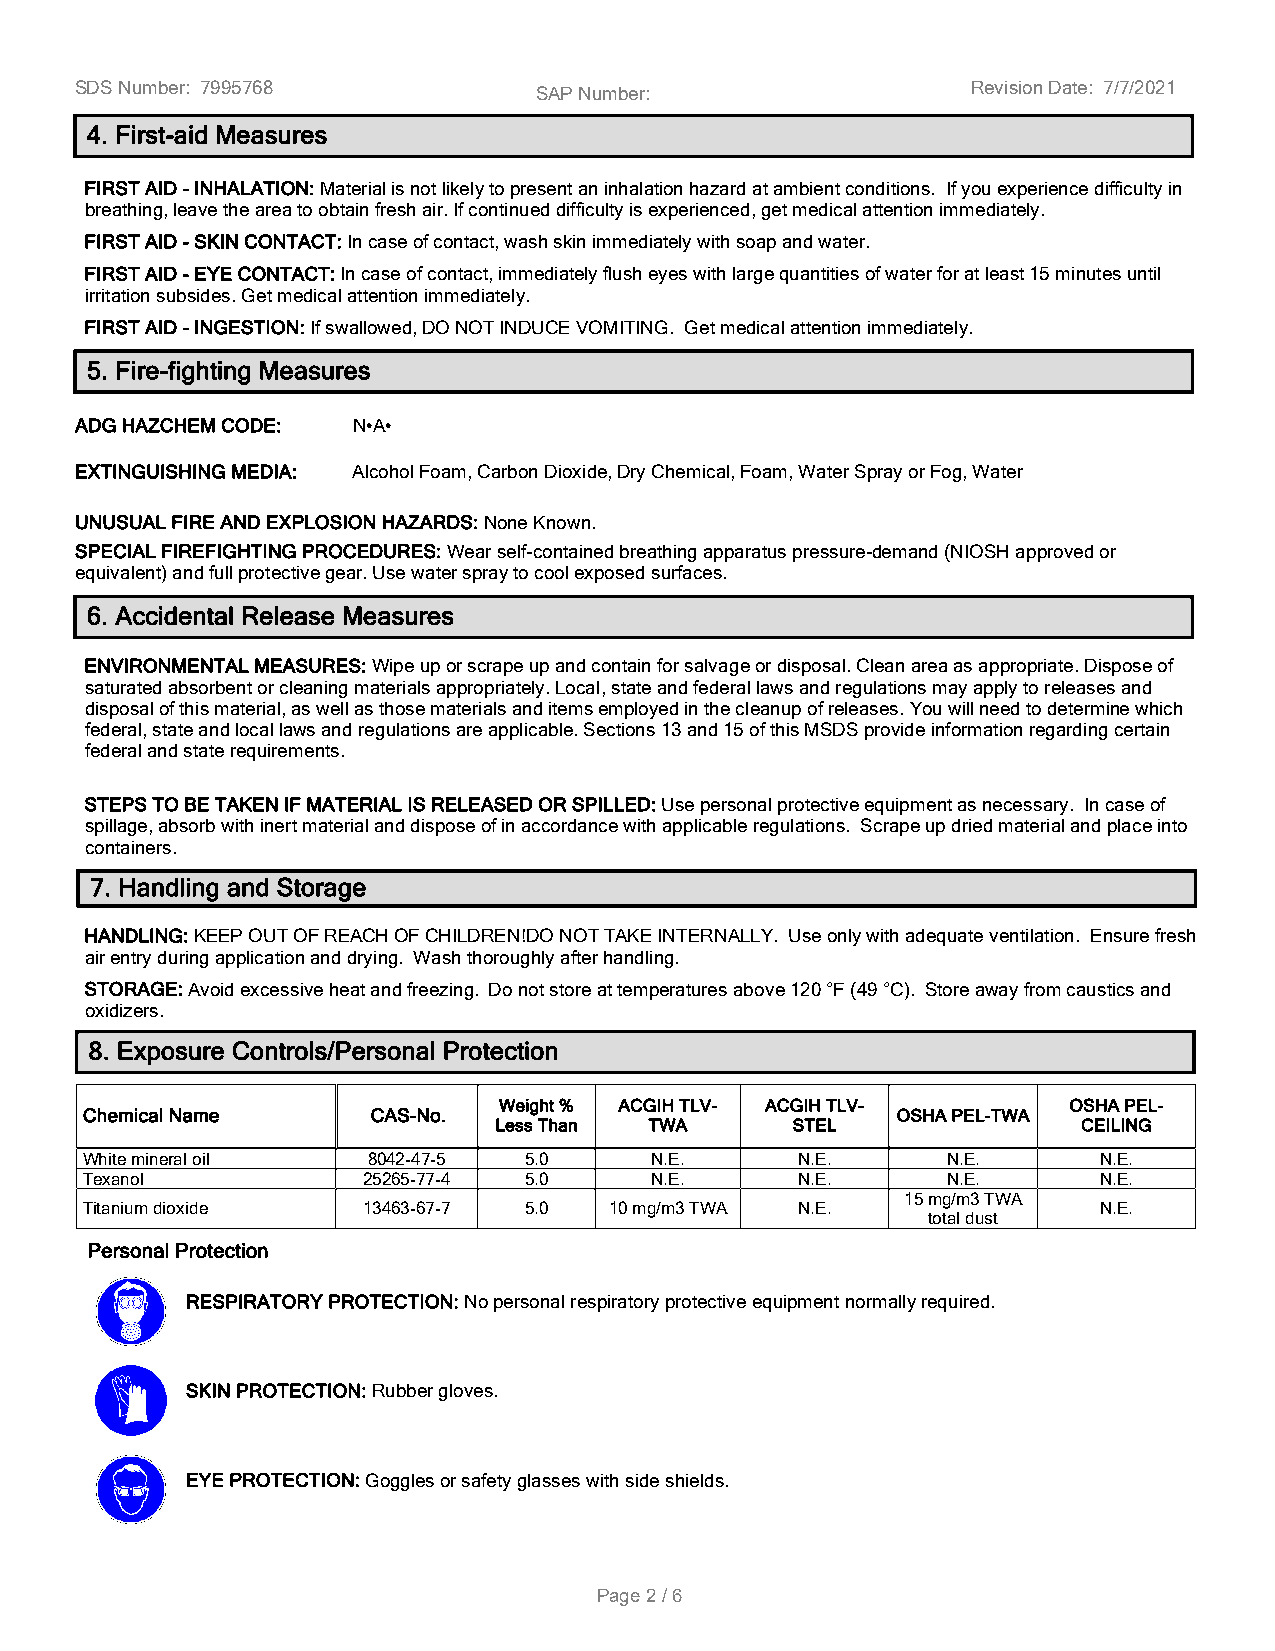
SDS Number: 7995768                                        Revision Date: 7/7/2021
 SAP Number:
 4. First-aid Measures
 FIRST AID -INHALATION:Material is not likely to present an inhalation hazard at ambient conditions. If you experience difficulty in
 breathing, leave the area to obtain fresh air. If continued difficulty is experienced, get medical attention immediately.
 FIRST AID -SKIN CONTACT:In case of contact, wash skin immediately with soap and water.
 FIRST AID -EYE CONTACT:In case of contact, immediately flush eyes with large quantities of water for at least 15 minutes until
 irritation subsides. Get medical attention immediately.
 FIRST AID -INGESTION:If swallowed, DO NOT INDUCE VOMITING. Get medical attention immediately.
 5. Fire-fighting Measures
 ADG HAZCHEM CODE: N•A•
 EXTINGUISHING MEDIA: Alcohol Foam, Carbon Dioxide, Dry Chemical, Foam, Water Spray or Fog, Water
 UNUSUAL FIRE AND EXPLOSION HAZARDS:None Known.
 SPECIAL FIREFIGHTING PROCEDURES:Wear self-contained breathing apparatus pressure-demand (NIOSH approved or
 equivalent) and full protective gear. Use water spray to cool exposed surfaces.
 6. Accidental Release Measures
 ENVIRONMENTAL MEASURES:Wipe up or scrape up and contain for salvage or disposal. Clean area as appropriate. Dispose of
 saturated absorbent or cleaning materials appropriately. Local, state and federal laws and regulations may apply to releases and
 disposal of this material, as well as those materials and items employed in the cleanup of releases. You will need to determine which
 federal, state and local laws and regulations are applicable. Sections 13 and 15 of this MSDS provide information regarding certain
 federal and state requirements.
 STEPS TO BE TAKEN IF MATERIAL IS RELEASED OR SPILLED:Use personal protective equipment as necessary. In case of
 spillage, absorb with inert material and dispose of in accordance with applicable regulations. Scrape up dried material and place into
 containers.
 7. Handling and Storage
 HANDLING:KEEP OUT OF REACH OF CHILDREN!DO NOT TAKE INTERNALLY. Use only with adequate ventilation. Ensure fresh
 air entry during application and drying. Wash thoroughly after handling.
 STORAGE:Avoid excessive heat and freezing. Do not store at temperatures above 120 °F (49 °C). Store away from caustics and
 oxidizers.
 8. Exposure Controls/Personal Protection
 Weight % ACGIH TLV- ACGIH TLV-        OSHA PEL-
 Chemical Name       CAS-No.                           OSHA PEL-TWA
 Less Than TWA      STEL                CEILING
 White mineral oil  8042-47-5  5.0     N.E.      N.E.      N.E.      N.E.
 Texanol            25265-77-4 5.0     N.E.      N.E.      N.E.      N.E.
 15 mg/m3 TWA
 Titanium dioxide   13463-67-7 5.0  10 mg/m3 TWA N.E.                N.E.
 total dust
 Personal Protection
 RESPIRATORY PROTECTION:No personal respiratory protective equipment normally required.
 SKIN PROTECTION:Rubber gloves.
 EYE PROTECTION:Goggles or safety glasses with side shields.
 Page 2 / 6